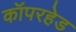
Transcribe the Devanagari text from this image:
कॉपरहेड